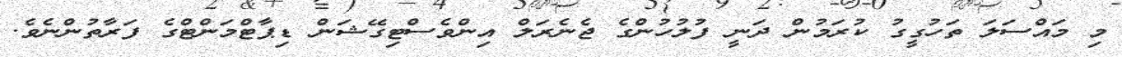
މި މައްސަލަ ތަހުގީގު ކުރަމުން ދަނީ ފުލުހުންގެ ޖެނެރަލް އިންވެސްޓިގޭޝަން ޑިޕާޓްމަންޓްގެ ފަރާތުންނެވެ.